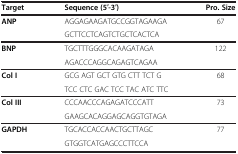
<table><thead><tr><td><b>Target</b></td><td><b>Sequence (5′-3′)</b></td><td><b>Pro. Size</b></td></tr></thead><tbody><tr><td><b>ANP</b></td><td>AGGAGAAGATGCCGGTAGAAGA</td><td>67</td></tr><tr><td>[EMPTY_CELL]</td><td>GCTTCCTCAGTCTGCTCACTCA</td><td>[EMPTY_CELL]</td></tr><tr><td><b>BNP</b></td><td>TGCTTTGGGCACAAGATAGA</td><td>122</td></tr><tr><td>[EMPTY_CELL]</td><td>AGACCCAGGCAGAGTCAGAA</td><td>[EMPTY_CELL]</td></tr><tr><td><b>Col I</b></td><td>GCG AGT GCT GTG CTT TCT G</td><td>68</td></tr><tr><td>[EMPTY_CELL]</td><td>TCC CTC GAC TCC TAC ATC TTC</td><td>[EMPTY_CELL]</td></tr><tr><td><b>Col III</b></td><td>CCCAACCCAGAGATCCCATT</td><td>73</td></tr><tr><td>[EMPTY_CELL]</td><td>GAAGCACAGGAGCAGGTGTAGA</td><td>[EMPTY_CELL]</td></tr><tr><td><b>GAPDH</b></td><td>TGCACCACCAACTGCTTAGC</td><td>77</td></tr><tr><td>[EMPTY_CELL]</td><td>GTGGTCATGAGCCCTTCCA</td><td>[EMPTY_CELL]</td></tr></tbody></table>